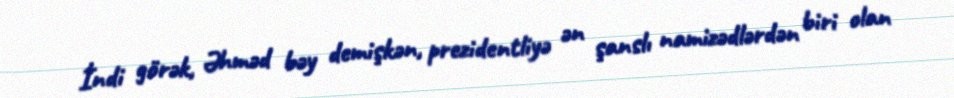
İndi görək, Əhməd bəy demişkən, prezidentliyə ən şanslı namizədlərdən biri olan